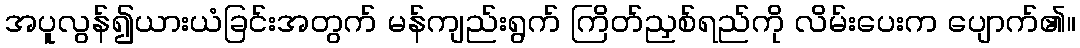
အပူလွန်၍ယားယံခြင်းအတွက် မန်ကျည်းရွက် ကြိတ်ညှစ်ရည်ကို လိမ်းပေးက ပျောက်၏။